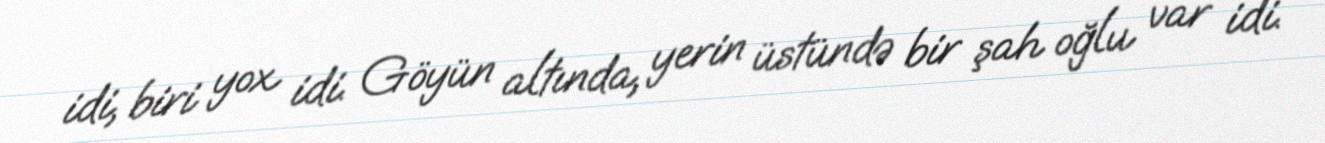
idi, biri yox idi. Göyün altında, yerin üstündə bir şah oğlu var idi.